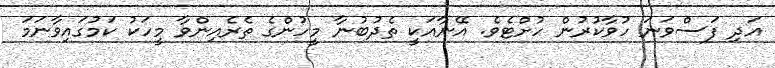
އަދި ފަސްވަނަ ހުވާކުރުން ހުށްޓެވެ. އޭނާއަކީ ތެދުބުނާ މީހުންގެ ތެރެއިންވާ މީހަކު ކަމުގައިވާނަމަ